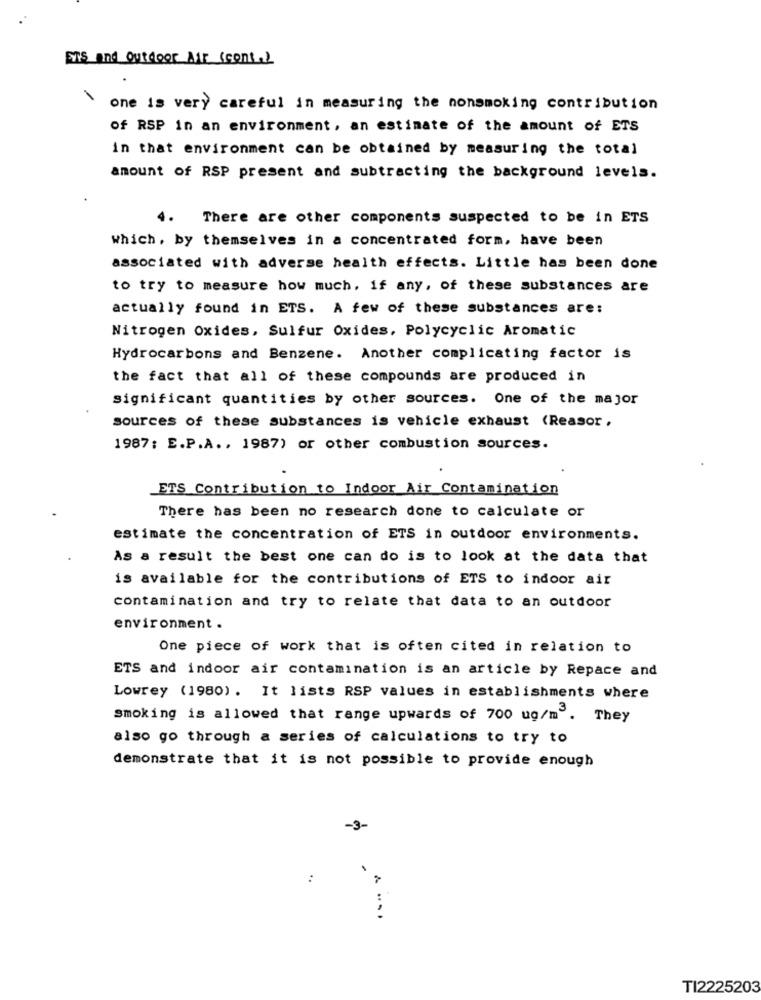
Ers and Outdoor Mir (cont.)
\one is very careful in measuring the nonsmoking contribution
of RSP in an environment, an estimate of the amount of ETS
in that environment can be obtained by measuring the total
amount of RSP present and subtracting the background levels.
4.
There are other components suspected to be in ETS
Which, by themselves in a concentrated form, have been
associated with adverse health effects. Little has been done
to try to measure how much, if any, of these substances are
actually found in ETS. A few of these substances are:
Nitrogen Oxides, Sulfur Oxides, Polycyclic Aromatic
Hydrocarbons and Benzene. Another complicating factor is
the fact that all of these compounds are produced in
significant quantities by other sources. One of the major
sources of these substances is vehicle exhaust (Reasor,
1987; E.P.A ., 1987) or other combustion sources.
ETS Contribution to Indoor Air Contamination
There has been no research done to calculate or
estimate the concentration of ETS in outdoor environments.
As a result the best one can do is to look at the data that
is available for the contributions of ETS to indoor air
contamination and try to relate that data to an outdoor
environment .
One piece of work that is often cited in relation to
ETS and indoor air contamination is an article by Repace and
Lowrey (1980). It lists RSP values in establishments where
smoking is allowed that range upwards of 700 ug/m . They
also go through a series of calculations to try to
demonstrate that it is not possible to provide enough
-3-
TI2225203